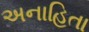
અનાહિતા